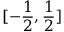
[ - \frac { 1 } { 2 } , \frac { 1 } { 2 } ]